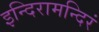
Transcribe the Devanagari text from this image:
इन्दिरामन्दिरं